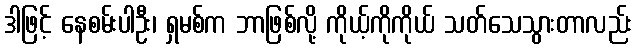
ဒါဖြင့် နေစမ်းပါဦး၊ ရှမစ်က ဘာဖြစ်လို့ ကိုယ့်ကိုကိုယ် သတ်သေသွားတာလည်း